Indian journal of veterinary science and animal husbandry - Volumes 24-25, 1954-1955
Year: 1954
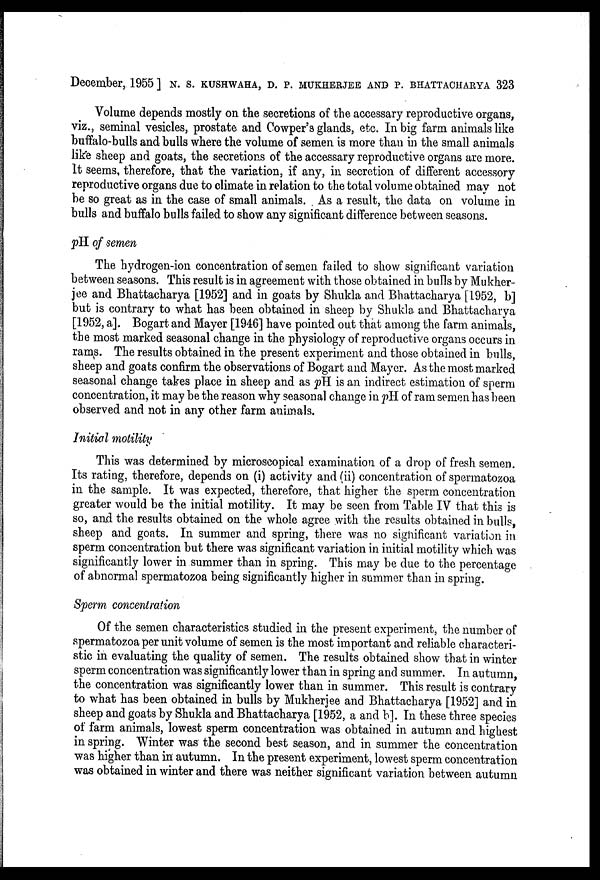
December, 1955 ] N. S. KUSHWAHA, D. P. MUKHERJEE AND P. BHATTACHARYA 323
Volume depends mostly on the secretions of the accessary reproductive organs,
viz., seminal vesicles, prostate and Cowper's glands, etc. In big farm animals like
buffalo-bulls and bulls where the volume of semen is more than in the small animals
like sheep and goats, the secretions of the accessary reproductive organs are more.
It seems, therefore, that the variation, if any, in secretion of different accessory
reproductive organs due to climate in relation to the total volume obtained may not
be so great as in the case of small animals. As a result, the data on volume in
bulls and buffalo bulls failed to show any significant difference between seasons.
pH of semen
The hydrogen-ion concentration of semen failed to show significant variation
between seasons. This result is in agreement with those obtained in bulls by Mukher-
jee and Bhattacharya [1952] and in goats by Shukla and Bhattacharya [1952, b]
but is contrary to what has been obtained in sheep by Shukla and Bhattacharya
[1952, a]. Bogart and Mayer [1946] have pointed out that among the farm animals,
the most marked seasonal change in the physiology of reproductive organs occurs in
rams. The results obtained in the present experiment and those obtained in bulls,
sheep and goats confirm the observations of Bogart and Mayer. As the most marked
seasonal change takes place in sheep and as pH is an indirect estimation of sperm
concentration, it may be the reason why seasonal change in pH of ram semen has been
observed and not in any other farm animals.
Initial motility
This was determined by microscopical examination of a drop of fresh semen.
Its rating, therefore, depends on (i) activity and (ii) concentration of spermatozoa
in the sample. It was expected, therefore, that higher the sperm concentration
greater would be the initial motility. It may be seen from Table IV that this is
so, and the results obtained on the whole agree with the results obtained in bulls,
sheep and goats. In summer and spring, there was no significant variation in
sperm concentration but there was significant variation in initial motility which was
significantly lower in summer than in spring. This may be due to the percentage
of abnormal spermatozoa being significantly higher in summer than in spring.
Sperm concentration
Of the semen characteristics studied in the present experiment, the number of
spermatozoa per unit volume of semen is the most important and reliable characteri-
stic in evaluating the quality of semen. The results obtained show that in winter
sperm concentration was significantly lower than in spring and summer. In autumn,
the concentration was significantly lower than in summer. This result is contrary
to what has been obtained in bulls by Mukherjee and Bhattacharya [1952] and in
sheep and goats by Shukla and Bhattacharya [1952, a and b]. In these three species
of farm animals, lowest sperm concentration was obtained in autumn and highest
in spring. Winter was the second best season, and in summer the concentration
was higher than in autumn. In the present experiment, lowest sperm concentration
was obtained in winter and there was neither significant variation between autumn